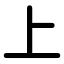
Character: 上